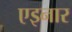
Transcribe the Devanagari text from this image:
एइनार